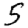
Digit: 5